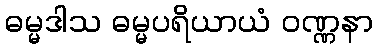
ဓမ္မဒါသ ဓမ္မပရိယာယံ ဝဏ္ဏနာ